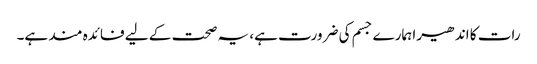
رات کا اندھیرا ہمارے جسم کی ضرورت ہے، یہ صحت کے لیے فائدہ مند ہے۔